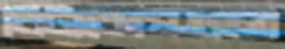
বিটাকোষগুলো